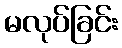
မလုပ်ခြင်း